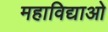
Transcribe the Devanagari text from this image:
महाविद्याओ